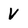
Character: V